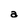
Character: a